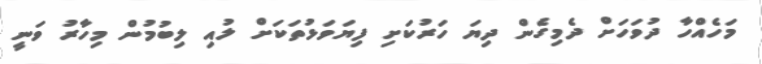
މަހެއްހާ ދުވަހަށް ދެމިގެން ދިޔަ ހަރުކަށި ފިޔަވަޅުތަކަށް ލުއި ލިބުމުން މިހާރު ވަނީ